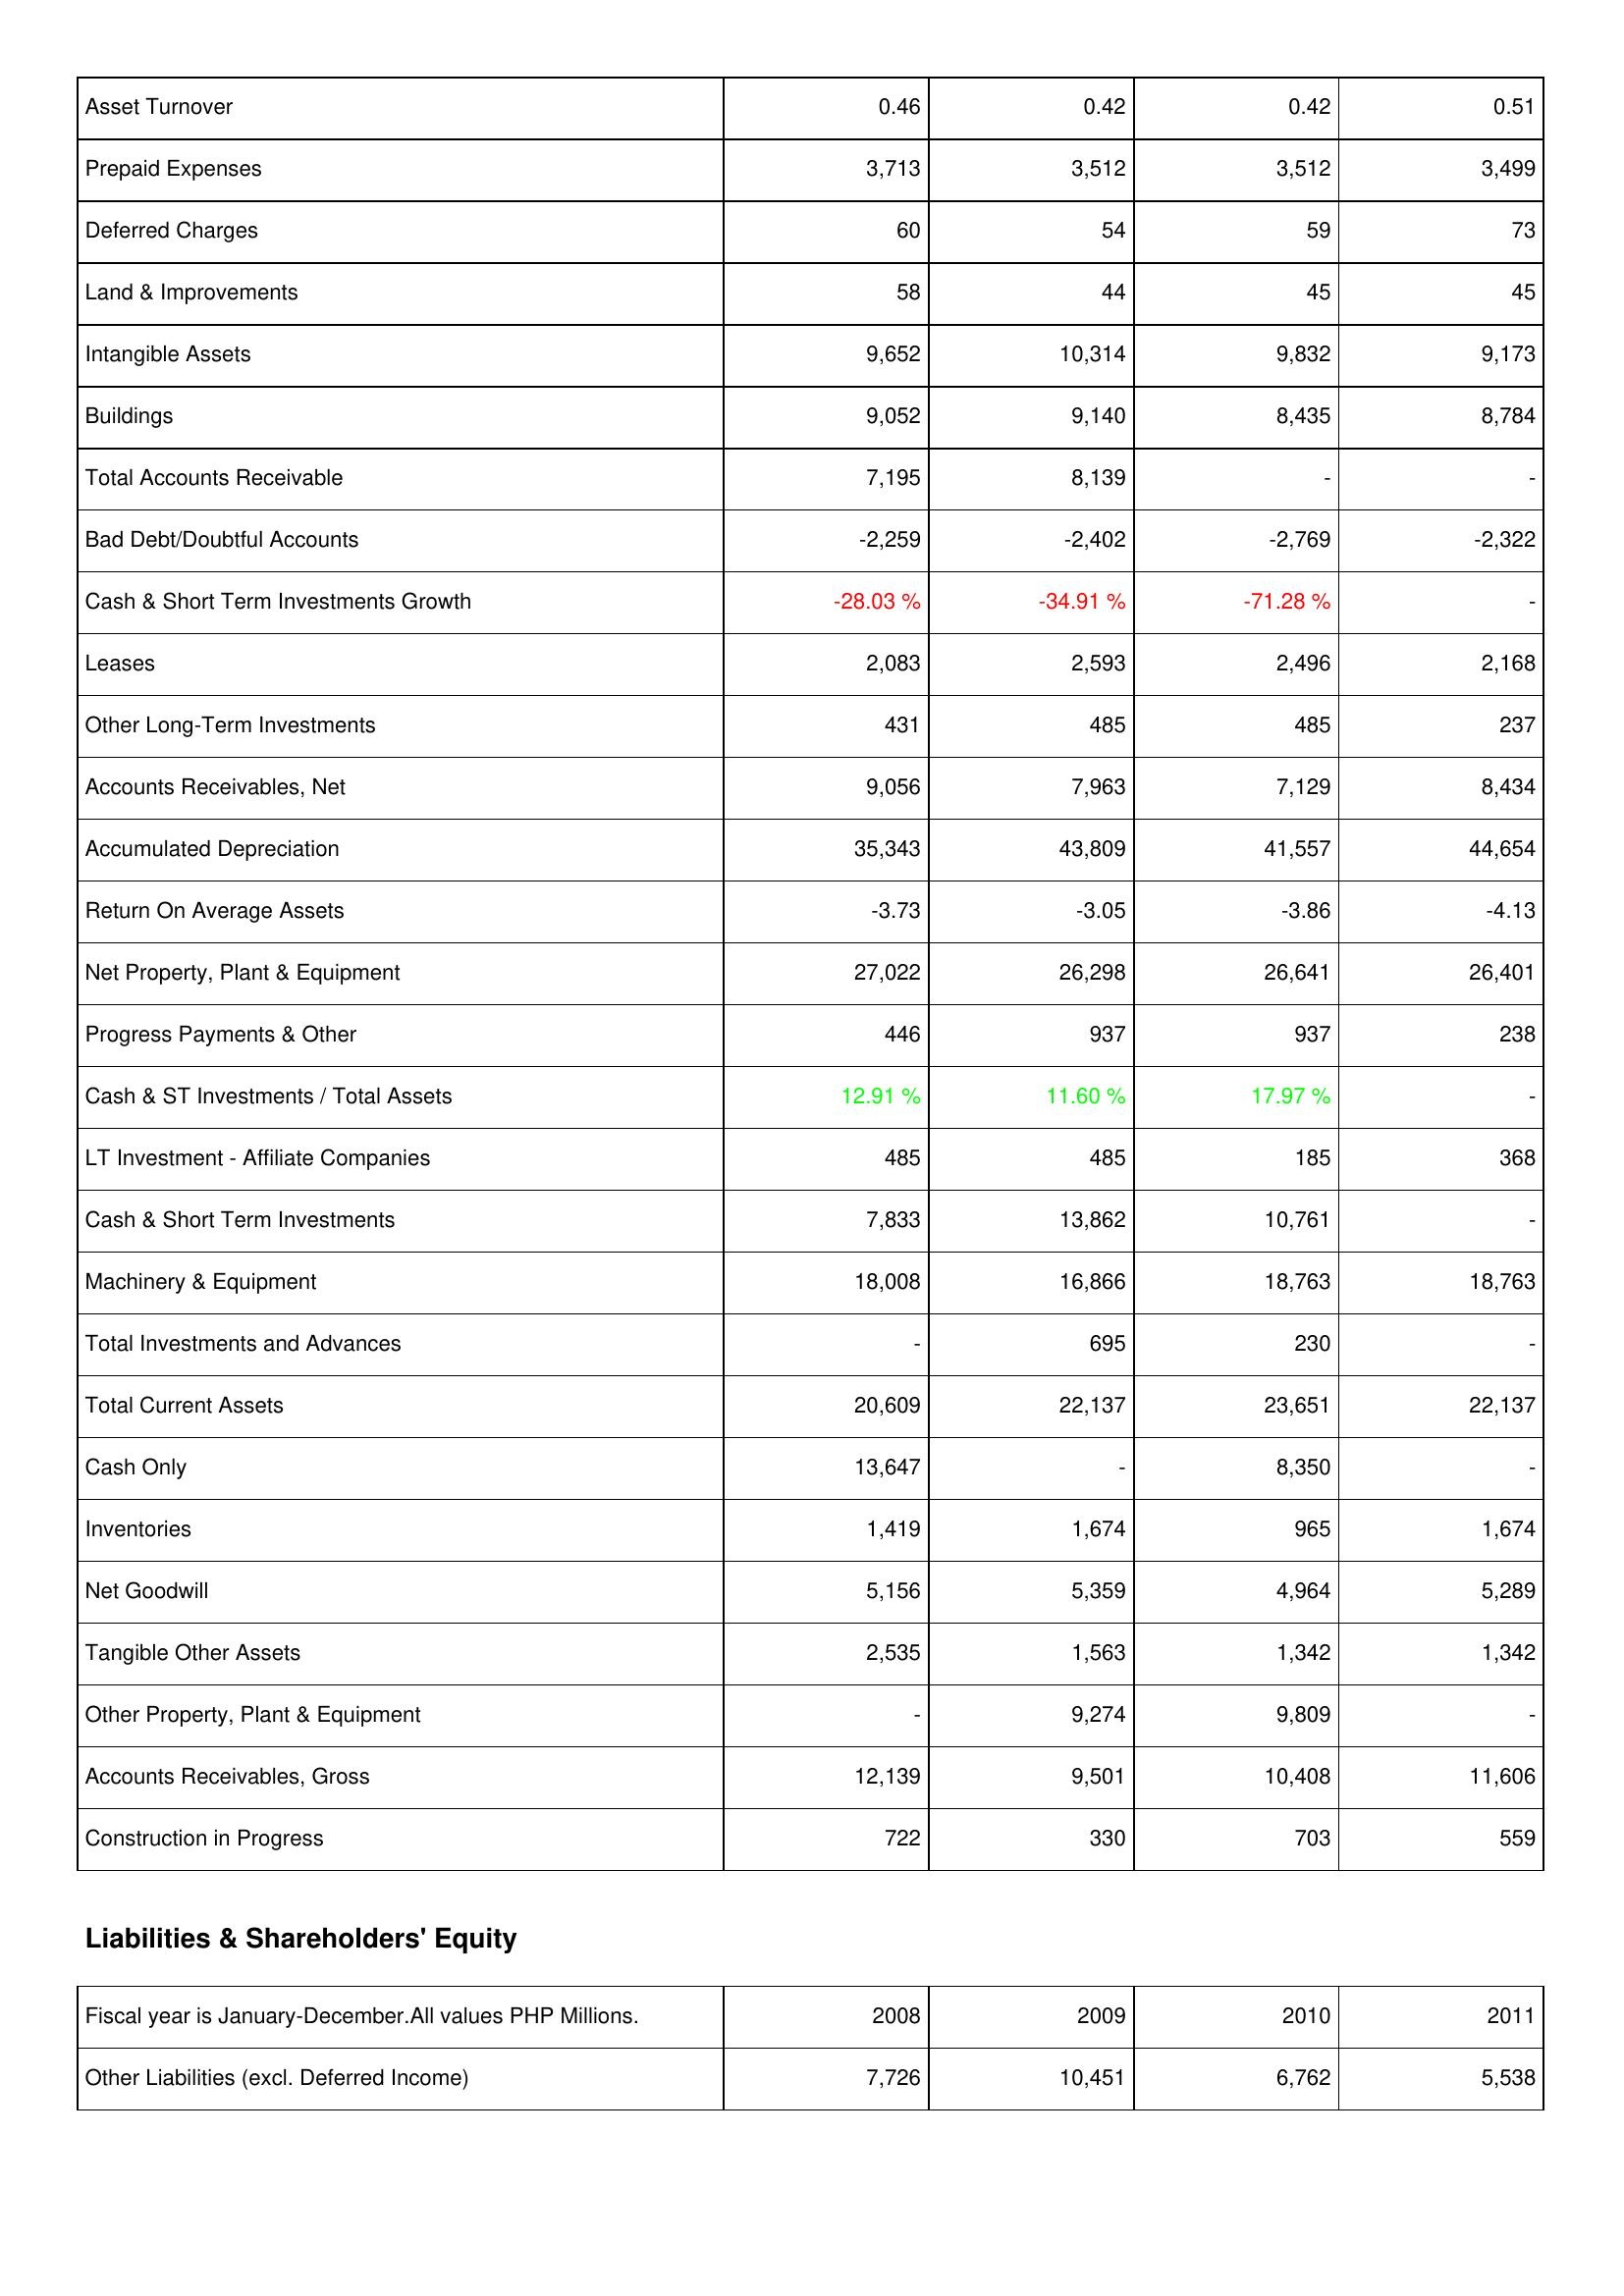
2008: Assets: Asset Turnover: 0.46
Prepaid Expenses: 3,713
Deferred Charges: 60
Land & Improvements: 58
Intangible Assets: 9,652
Buildings: 9,052
Total Accounts Receivable: 7,195
Bad Debt/Doubtful Accounts: -2,259
Cash & Short Term Investments Growth: -28.03 %
Leases: 2,083
Other Long-Term Investments: 431
Accounts Receivables, Net: 9,056
Accumulated Depreciation: 35,343
Return On Average Assets: -3.73
Net Property, Plant & Equipment: 27,022
Progress Payments & Other: 446
Cash & ST Investments / Total Assets: 12.91 %
LT Investment - Affiliate Companies: 485
Cash & Short Term Investments: 7,833
Machinery & Equipment: 18,008
Total Investments and Advances: -
Total Current Assets: 20,609
Cash Only: 13,647
Inventories: 1,419
Net Goodwill: 5,156
Tangible Other Assets: 2,535
Other Property, Plant & Equipment: -
Accounts Receivables, Gross: 12,139
Construction in Progress: 722
Liabilities & Shareholders' Equity: Other Liabilities (excl. Deferred Income): 7,726
2009: Assets: Asset Turnover: 0.42
Prepaid Expenses: 3,512
Deferred Charges: 54
Land & Improvements: 44
Intangible Assets: 10,314
Buildings: 9,140
Total Accounts Receivable: 8,139
Bad Debt/Doubtful Accounts: -2,402
Cash & Short Term Investments Growth: -34.91 %
Leases: 2,593
Other Long-Term Investments: 485
Accounts Receivables, Net: 7,963
Accumulated Depreciation: 43,809
Return On Average Assets: -3.05
Net Property, Plant & Equipment: 26,298
Progress Payments & Other: 937
Cash & ST Investments / Total Assets: 11.60 %
LT Investment - Affiliate Companies: 485
Cash & Short Term Investments: 13,862
Machinery & Equipment: 16,866
Total Investments and Advances: 695
Total Current Assets: 22,137
Cash Only: -
Inventories: 1,674
Net Goodwill: 5,359
Tangible Other Assets: 1,563
Other Property, Plant & Equipment: 9,274
Accounts Receivables, Gross: 9,501
Construction in Progress: 330
Liabilities & Shareholders' Equity: Other Liabilities (excl. Deferred Income): 10,451
2010: Assets: Asset Turnover: 0.42
Prepaid Expenses: 3,512
Deferred Charges: 59
Land & Improvements: 45
Intangible Assets: 9,832
Buildings: 8,435
Total Accounts Receivable: -
Bad Debt/Doubtful Accounts: -2,769
Cash & Short Term Investments Growth: -71.28 %
Leases: 2,496
Other Long-Term Investments: 485
Accounts Receivables, Net: 7,129
Accumulated Depreciation: 41,557
Return On Average Assets: -3.86
Net Property, Plant & Equipment: 26,641
Progress Payments & Other: 937
Cash & ST Investments / Total Assets: 17.97 %
LT Investment - Affiliate Companies: 185
Cash & Short Term Investments: 10,761
Machinery & Equipment: 18,763
Total Investments and Advances: 230
Total Current Assets: 23,651
Cash Only: 8,350
Inventories: 965
Net Goodwill: 4,964
Tangible Other Assets: 1,342
Other Property, Plant & Equipment: 9,809
Accounts Receivables, Gross: 10,408
Construction in Progress: 703
Liabilities & Shareholders' Equity: Other Liabilities (excl. Deferred Income): 6,762
2011: Assets: Asset Turnover: 0.51
Prepaid Expenses: 3,499
Deferred Charges: 73
Land & Improvements: 45
Intangible Assets: 9,173
Buildings: 8,784
Total Accounts Receivable: -
Bad Debt/Doubtful Accounts: -2,322
Cash & Short Term Investments Growth: -
Leases: 2,168
Other Long-Term Investments: 237
Accounts Receivables, Net: 8,434
Accumulated Depreciation: 44,654
Return On Average Assets: -4.13
Net Property, Plant & Equipment: 26,401
Progress Payments & Other: 238
Cash & ST Investments / Total Assets: -
LT Investment - Affiliate Companies: 368
Cash & Short Term Investments: -
Machinery & Equipment: 18,763
Total Investments and Advances: -
Total Current Assets: 22,137
Cash Only: -
Inventories: 1,674
Net Goodwill: 5,289
Tangible Other Assets: 1,342
Other Property, Plant & Equipment: -
Accounts Receivables, Gross: 11,606
Construction in Progress: 559
Liabilities & Shareholders' Equity: Other Liabilities (excl. Deferred Income): 5,538